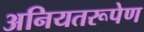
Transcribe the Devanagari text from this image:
अनियतरूपेण